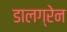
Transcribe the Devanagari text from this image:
डालग्रेन